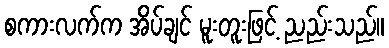
စကားလက်က အိပ်ချင် မူးတူးဖြင့် ညည်းသည်။